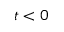
t < 0